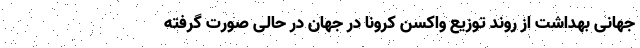
جهانی بهداشت از روند توزیع واکسن کرونا در جهان در حالی صورت گرفته